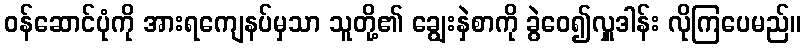
ဝန်ဆောင်ပုံကို အားရကျေနပ်မှသာ သူတို့၏ ချွေးနှဲစာကို ခွဲဝေ၍လှူဒါန်း လိုကြပေမည်။